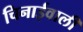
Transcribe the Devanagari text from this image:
चिनाईवाली